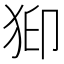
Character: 𱭹